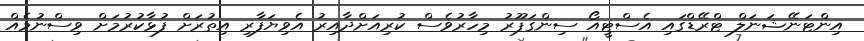
އިންޓަނޭޝަނަލް ޓްރޭޑްގައި އެސްޓީއޯ ސިންގަޕޫރު މިހާރުވެސް ކުރިއަށްދާއިރު އެވިޔަފާރި އިތުރަށް ފުޅާކުރުމަށް ވިސްނުމެއް